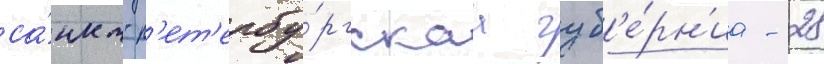
са́нкт-п'ет'ербу́ргскаа губ'е́рн'иа - 28